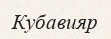
Кубавияр